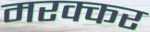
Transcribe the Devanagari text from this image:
मरक्कर